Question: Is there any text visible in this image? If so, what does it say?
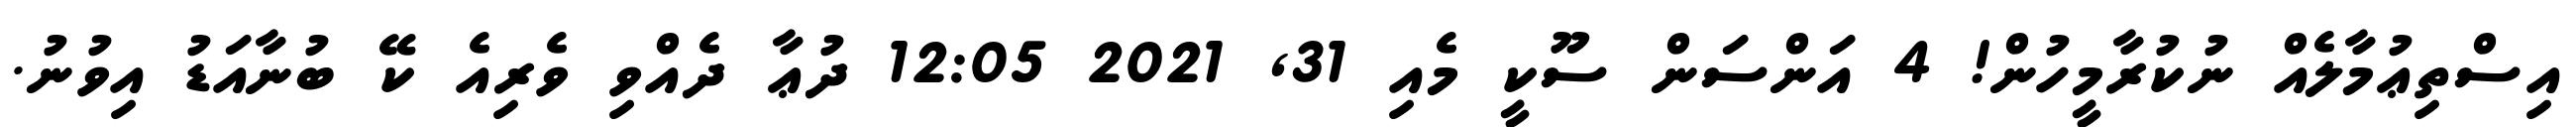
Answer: އިސްތިޢުމާލެއް ނުކުރާމީހުން! 4 އަންސަން ސޫކީ މެއި 31, 2021 12:05 ދުޢާ ދެއްވި ވެރިއެ ކޭ ބުނާއަޑު އިވުނު.